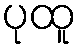
ပုထူ